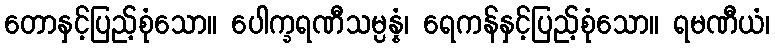
တောနှင့်ပြည့်စုံသော။ ပေါက္ခရဏီသမ္ပန္နံ၊ ရေကန်နှင့်ပြည့်စုံသော။ ရမဏီယံ၊